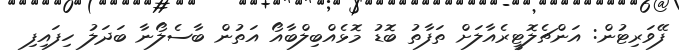
ފޭވަރިޓުން: އަންޗެލޮޓީރެއާލަށް ތަފާތު ބޮޑު މޮޅެއްބިލްބާއޯ އަތުން ބާސެލޯނާ ބަދަލު ހިފައިފި